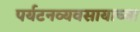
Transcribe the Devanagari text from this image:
पर्यटनव्यवसायाच्या